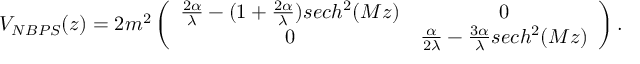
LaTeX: V _ { N B P S } ( z ) = 2 m ^ { 2 } \left( \begin{array} { c c } { { \frac { 2 \alpha } { \lambda } - ( 1 + \frac { 2 \alpha } { \lambda } ) s e c h ^ { 2 } ( M z ) } } & { { 0 } } \\ { { 0 } } & { { \frac { \alpha } { 2 \lambda } - \frac { 3 \alpha } { \lambda } s e c h ^ { 2 } ( M z ) } } \end{array} \right) .